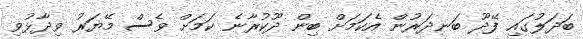
ބަދަލުގައި ފޭދޫ ބަނދަރުން އެކަމަށް ބިން ދޫކުރާނެ ކަމަށް ވެސް މޭޔަރު ވިދާޅުވި